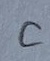
Text: C